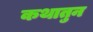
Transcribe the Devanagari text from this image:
कथातुन